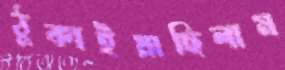
ঠুকাইয়াছিলাম